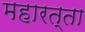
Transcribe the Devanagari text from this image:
महारत्ता